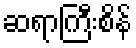
ဆရာကြီးစိန်